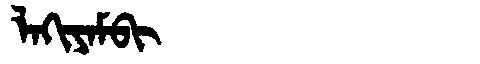
Manchu: ᠯᠠᡴᡳᠶᠠᠮᠪᡳ
Romanization: LAKIYAMBI